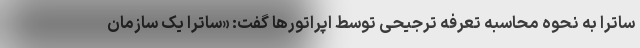
ساترا به نحوه محاسبه تعرفه ترجیحی توسط اپراتورها گفت: «ساترا یک سازمان